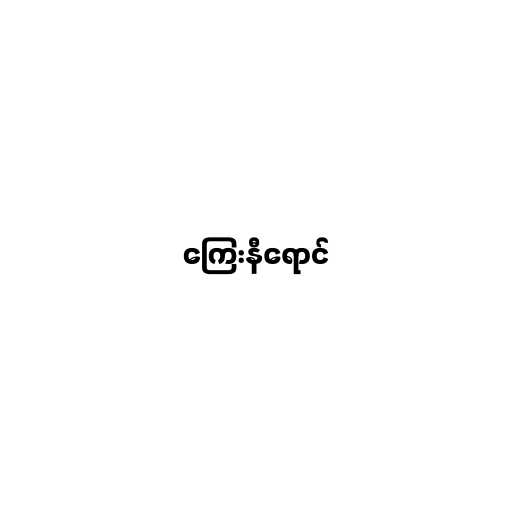
ကြေးနီရောင်